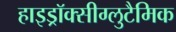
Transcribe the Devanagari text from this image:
हाइड्रॉक्सीग्लुटैमिक